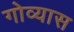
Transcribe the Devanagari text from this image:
गोव्यास